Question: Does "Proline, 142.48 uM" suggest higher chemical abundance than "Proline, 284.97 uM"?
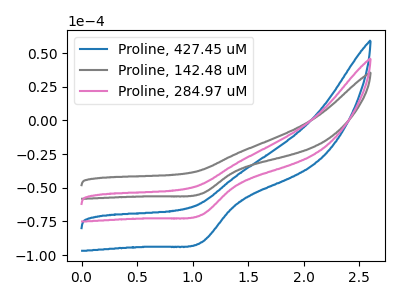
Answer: <think>The blue curve "Proline, 427.45 uM" has a cathodic peak at: (1.10V, -140.25uA). The gray curve "Proline, 142.48 uM" has a cathodic peak at: (1.10V, -54.35uA). The pink curve "Proline, 284.97 uM" has a cathodic peak at: (1.10V, -70.15uA).
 All the peaks in "Proline, 142.48 uM" have a peak in "Proline, 284.97 uM" at the same potential. Every peak in "Proline, 142.48 uM" is lower than every peak in "Proline, 284.97 uM".</think>
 <answer>"Proline, 142.48 uM" has less signal than "Proline, 284.97 uM".</answer>
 <eval>less_signal</eval>